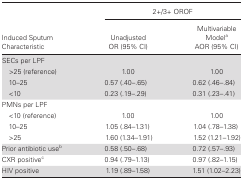
|  | <COLSPAN=2> 2+/3+ OROF |
 | Induced Sputum Characteristic | UnadjustedOR (95% CI) | Multivariable ModelaAOR (95% CI) |
 | --- | --- | --- |
 | <COLSPAN=3> SECs per LPF |
 | >25 (reference) | 1.00 | 1.00 |
 | 10–25 | 0.57 (.40–.65) | 0.62 (.46–.84) |
 | <10 | 0.23 (.19–.29) | 0.31 (.23–.41) |
 | PMNs per LPF |  |  |
 | <10 (reference) | 1.00 | 1.00 |
 | 10–25 | 1.05 (.84–1.31) | 1.04 (.78–1.38) |
 | >25 | 1.60 (1.34–1.91) | 1.52 (1.21–1.92) |
 | Prior antibiotic useb | 0.58 (.50–.68) | 0.72 (.57–.93) |
 | CXR positivec | 0.94 (.79–1.13) | 0.97 (.82–1.15) |
 | HIV positive | 1.19 (.89–1.58) | 1.51 (1.02–2.23) |